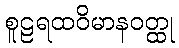
စူဠရထဝိမာနဝတ္ထု